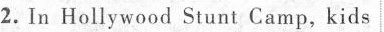
2. In Hollywood Stunt Camp, kids